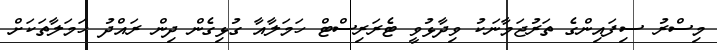
މިސްރު ސިފައިންގެ ތަރުޖަމާނަކު ވިދާޅުވީ ޓެރަރިސްޓް ހަމަލާއާ ގުޅިގެން ދިން ރައްދު ހަމަލާތަކަށް